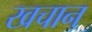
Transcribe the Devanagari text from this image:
खचान